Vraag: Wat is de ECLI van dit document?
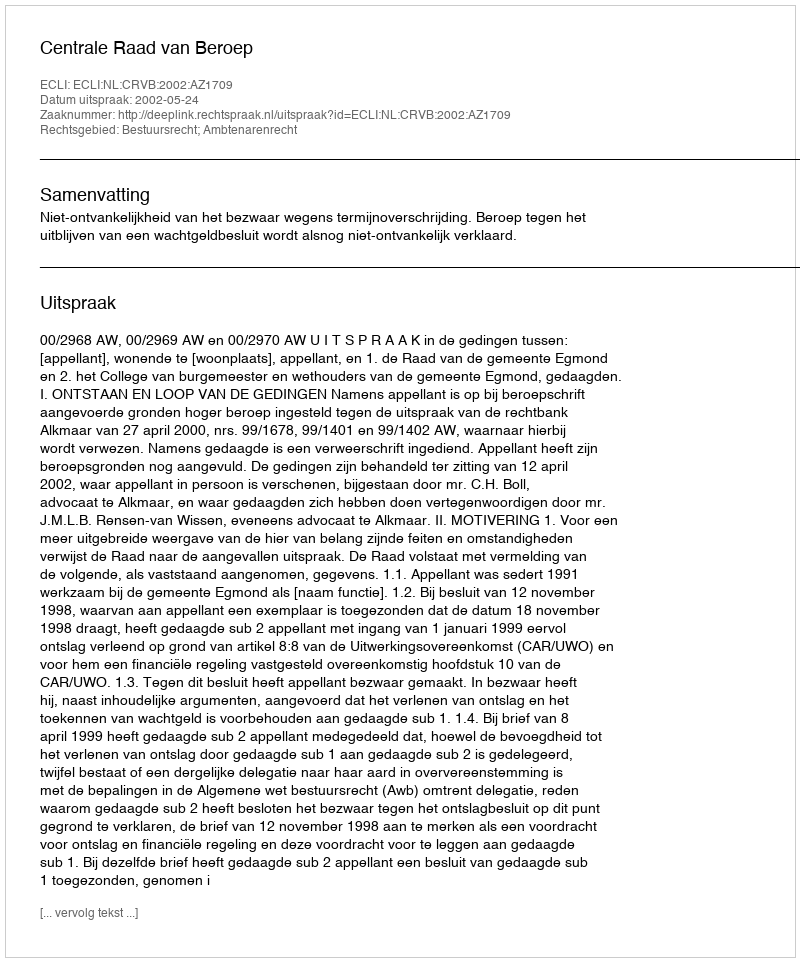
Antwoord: ECLI:NL:CRVB:2002:AZ1709